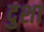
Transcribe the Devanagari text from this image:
दुशा